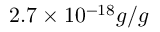
2 . 7 \times 1 0 ^ { - 1 8 } g / g